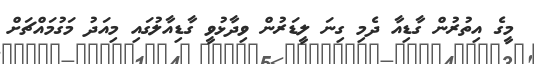
މީގެ އިތުރުން ގާޑިއާ ދެމި ގިނަ ލީޑަރުން ވިދާޅުވީ ގާޑިއާލުގައި މިއަދު މަގުމައްޗަށް